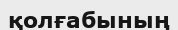
қолғабының